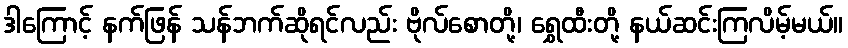
ဒါကြောင့် နက်ဖြန် သန်ဘက်ဆိုရင်လည်း ဗိုလ်စောတို့၊ ရွှေထီးတို့ နယ်ဆင်းကြလိမ့်မယ်။